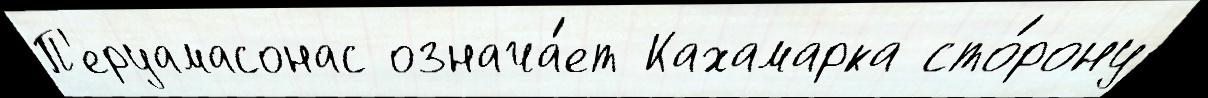
П'еруамасонас означа́ет Кахамарка сто́рону